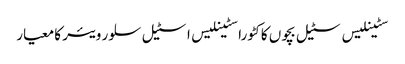
سٹینلیس سٹیل بچوں کا کٹورا سٹینلیس اسٹیل سلور ویئر کا معیار